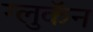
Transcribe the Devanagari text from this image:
ग्लुकॅन